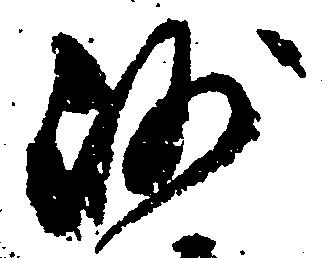
沙